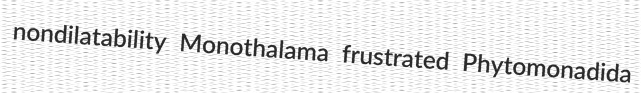
nondilatability Monothalama frustrated Phytomonadida